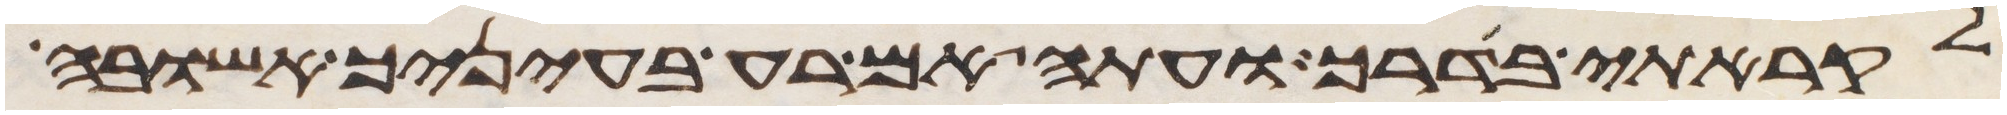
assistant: לקראתי בדרך ועתה אם רעה בעיניך אשובה